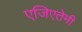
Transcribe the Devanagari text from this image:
एजिएतेमी